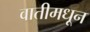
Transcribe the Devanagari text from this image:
वातीमधून